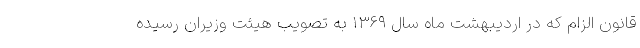
قانون الزام که در اردیبهشت ماه سال ۱۳۶۹ به تصویب هیئت وزیران رسیده